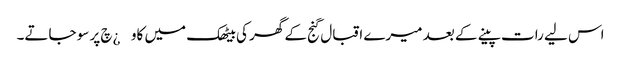
اس لیے رات پینے کے بعد میرے اقبال گنج کے گھر کی بیٹھک میں کاو¿چ پر سو جاتے۔